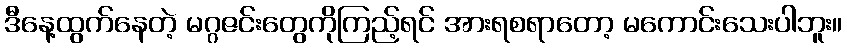
ဒီနေ့ထွက်နေတဲ့ မဂ္ဂဇင်းတွေကိုကြည့်ရင် အားရစရာတော့ မကောင်းသေးပါဘူး။